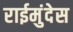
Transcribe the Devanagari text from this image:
राईमुंदेस